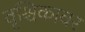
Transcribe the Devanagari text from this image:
वृश्चिकावर